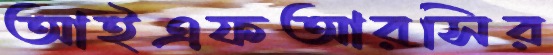
আইএফআরসির